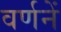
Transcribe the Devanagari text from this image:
वर्णनें